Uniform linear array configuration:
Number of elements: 24
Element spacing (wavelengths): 0.25
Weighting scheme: hamming
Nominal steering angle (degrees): -45
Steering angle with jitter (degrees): -45.864
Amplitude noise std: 0.05
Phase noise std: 0.05

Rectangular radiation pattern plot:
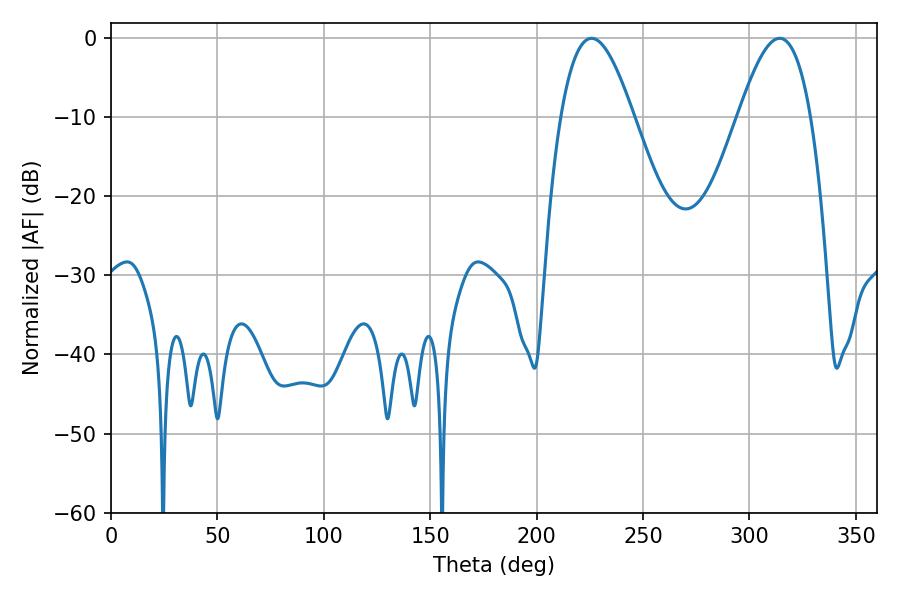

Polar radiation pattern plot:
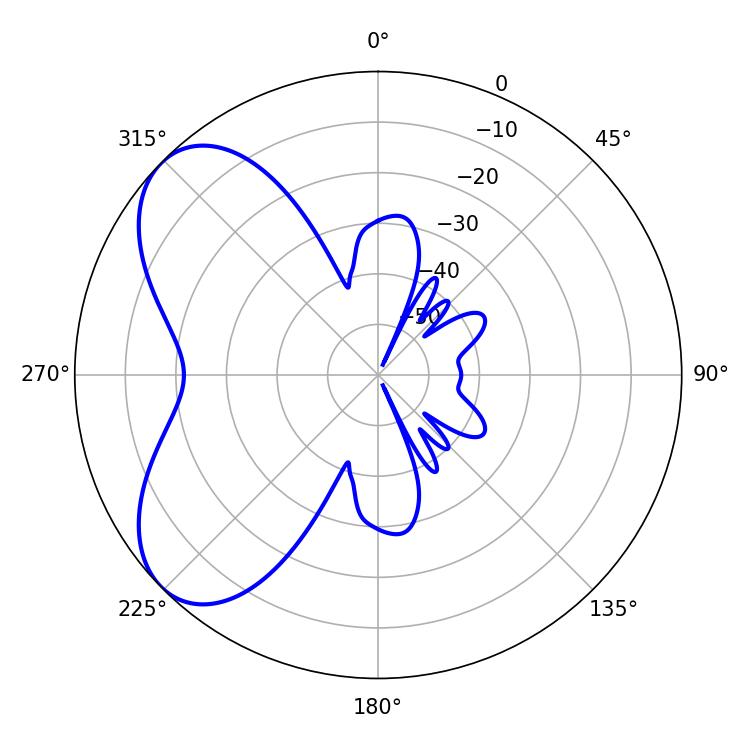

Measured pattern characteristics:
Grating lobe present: FALSE
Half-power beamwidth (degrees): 18.36
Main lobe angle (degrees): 225.72